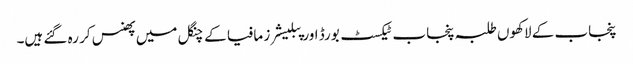
پنجاب کے لاکھوں طلبہ پنجاب ٹیکسٹ بورڈ اور پبلیشرز مافیا کے چنگل میں پھنس کر رہ گئے ہیں۔